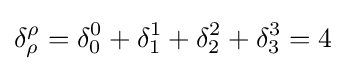
\delta _{\rho }^{\rho }=\delta _{0}^{0}+\delta _{1}^{1}+\delta _{2}^{2}+\delta _{3}^{3}=4